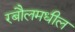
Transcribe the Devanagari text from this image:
रबौलमधील